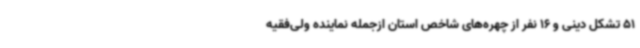
51 تشکل دینی و 16 نفر از چهره‌های شاخص استان ازجمله نماینده ولی‌فقیه